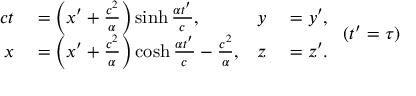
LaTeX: { \begin{array} { r l r l } { c t } & { { } = \left( x ^ { \prime } + { \frac { c ^ { 2 } } { \alpha } } \right) \sinh { \frac { \alpha t ^ { \prime } } { c } } , } & { y } & { { } = y ^ { \prime } , } \\ { x } & { { } = \left( x ^ { \prime } + { \frac { c ^ { 2 } } { \alpha } } \right) \cosh { \frac { \alpha t ^ { \prime } } { c } } - { \frac { c ^ { 2 } } { \alpha } } , } & { z } & { { } = z ^ { \prime } . } \end{array} } \ ( t ^ { \prime } = \tau )